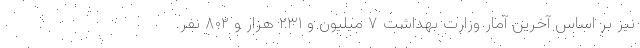
نیز بر اساس آخرین آمار وزارت بهداشت ۷ میلیون و ۲۳۱ هزار و ۸۰۲ نفر